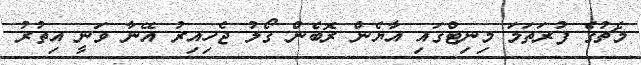
މެޗުގެ ފުރަތަމަ މިނިޓްގައި އާޔެން ރޮބެން ގޯލު ޖެހިއިރު އޭނާ ވަނީ އިތުރު